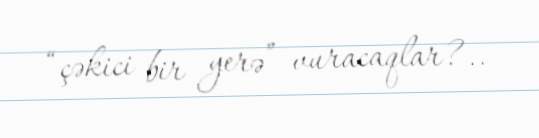
“çəkici bir yerə” vuracaqlar?..